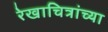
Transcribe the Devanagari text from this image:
रेखाचित्रांच्या